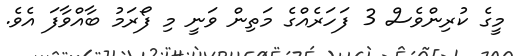
މީގެ ކުރިންވެސް 3 ފަހަރެއްގެ މަތިން ވަނީ މި ފޯރަމު ބާއްވާފަ އެވެ.